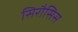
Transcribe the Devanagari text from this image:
सिरौसिस